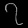
Digit: ၇